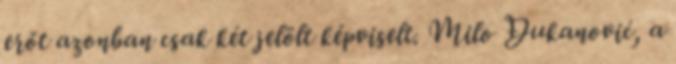
erőt azonban csak két jelölt képviselt. Milo Đukanović, a